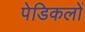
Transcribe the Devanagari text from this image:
पेडिकलों